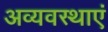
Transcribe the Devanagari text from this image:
अव्यवस्थाएं